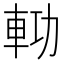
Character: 𨋝